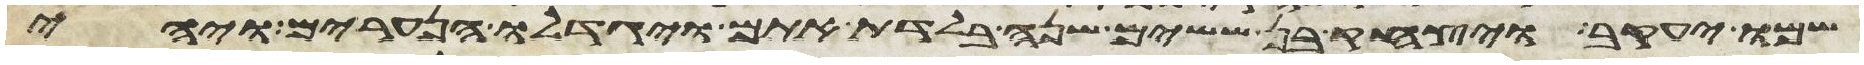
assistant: שמו יעקב ויצחק בן ששים שנה בלדת אתם ויגדלו הנערים ויהי